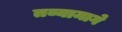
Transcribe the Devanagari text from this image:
तव्यामागे